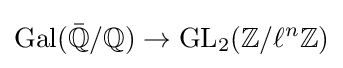
\operatorname {Gal} ({\bar {\mathbb {Q} }}/\mathbb {Q} )\rightarrow \operatorname {GL} _{2}(\mathbb {Z} /\ell ^{n}\mathbb {Z} )